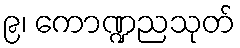
၉၊ ကောဏ္ဍညသုတ်